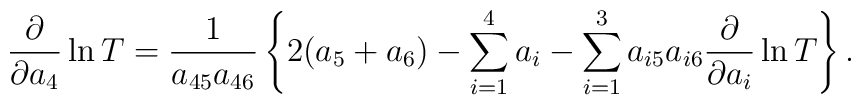
{\partial \over \partial a_4 } \ln T = { 1\over a_{45}a_{46} } \left\{2 (a_5+ a_6) - \sum_{i=1}^4 a_i - \sum_{i=1}^3 a_{i5}a_{i6} {\partial \over \partial a_i } \ln T \right\} .